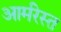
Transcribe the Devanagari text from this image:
आर्मरेस्त